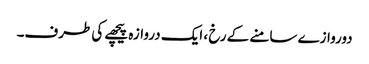
دوروازے سامنے کے رخ ، ایک دروازہ پیچھے کی طرف۔